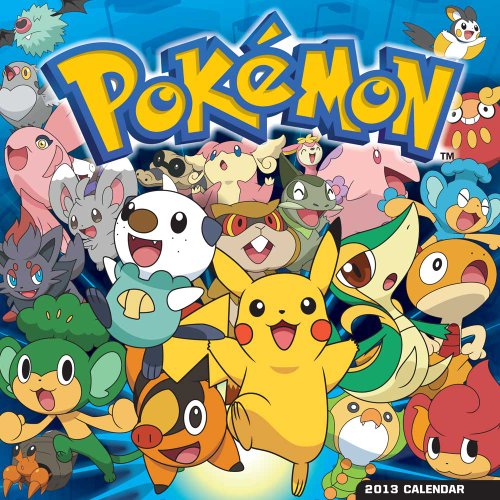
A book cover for Pokemon 2013 Square 12x12 Wall; BrownTrout Publishers; Computers & Technology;